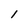
Character: 1